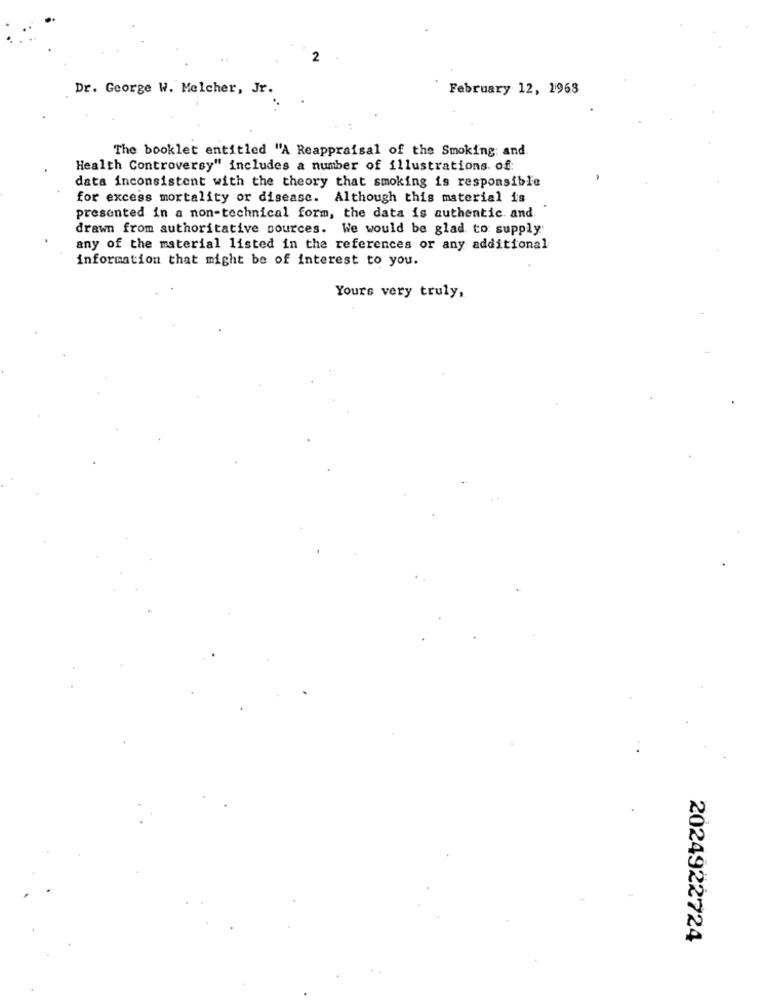
2
Dr. George W. Melcher, Jr.
February 12, 1968
The booklet entitled "A Reappraisal of the Smoking: and.
Health Controversy" includes a number of illustrations. of:
data inconsistent with the theory that smoking is responsible
for excess mortality or disease. Although this material is
presented in a non-technical form, the data is authentic. and.
drawn from authoritative sources. We would be glad to supply
any of the material listed in the references or any additional
information that might be of interest to you.
Yours very truly,
2024922724